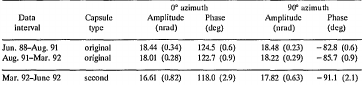
<table><thead><tr><td></td><td></td><td colspan="2"><b>0° azimuth</b></td><td colspan="2"><b>90° azimuth</b></td></tr><tr><td><b>Data interval</b></td><td><b>Capsule type</b></td><td><b>Amplitude(nrad)</b></td><td><b>Phase(deg)</b></td><td><b>Amplitude(nrad)</b></td><td><b>Phase(deg)</b></td></tr></thead><tbody><tr><td>Jun. 88–Aug. 91</td><td>original</td><td>18.44 (0.34)</td><td>124.5 (0.6)</td><td>18.48 (0.23)</td><td>−82.8 (0.6)</td></tr><tr><td>Aug. 91–Mar. 92</td><td>original</td><td>18.01 (0.28)</td><td>122.7 (0.9)</td><td>18.22 (0.29)</td><td>−85.7 (0.9)</td></tr><tr><td>Mar. 92–June 92</td><td>second</td><td>16.61 (0.82)</td><td>118.0 (2.9)</td><td>17.82 (0.63)</td><td>−91.1(2.1)</td></tr></tbody></table>